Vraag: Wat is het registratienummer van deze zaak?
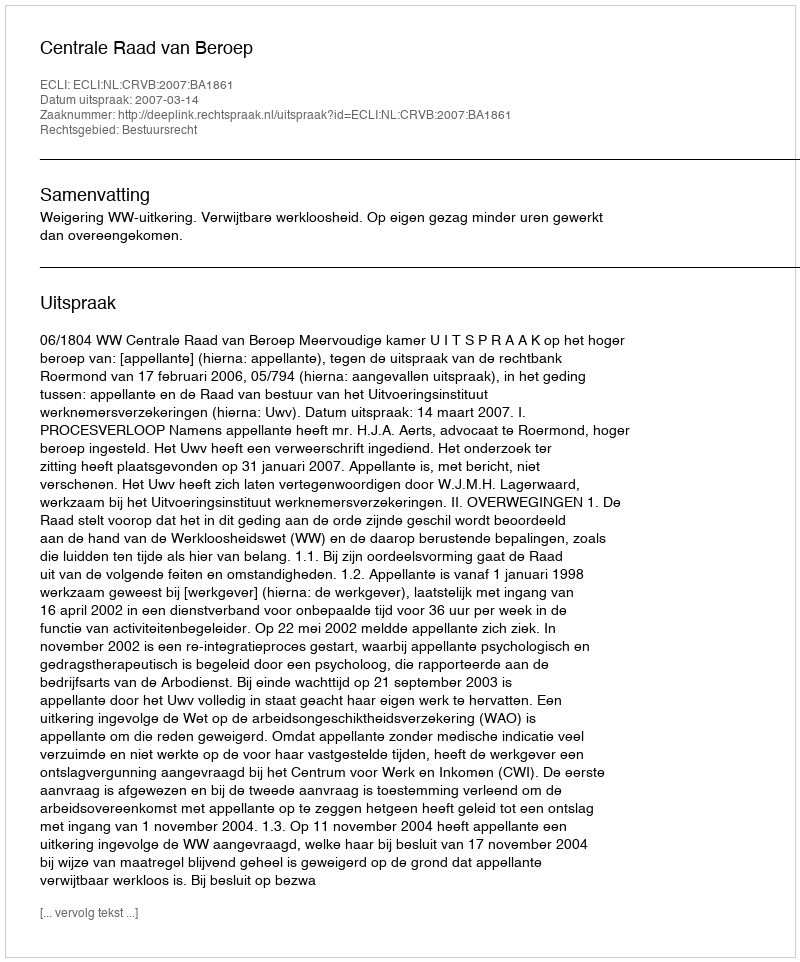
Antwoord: http://deeplink.rechtspraak.nl/uitspraak?id=ECLI:NL:CRVB:2007:BA1861